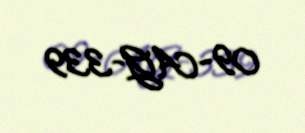
09-AG-339